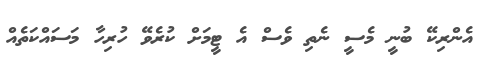
އެންރިކޭ ބުނީ މެސީ ނެތި ވެސް އެ ޓީމަށް ކުރެވޭ ހުރިހާ މަސައްކަތެއް